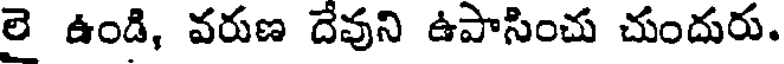
లై ఉండి, వరుణ దేవుని ఉపాసించు చుందురు.